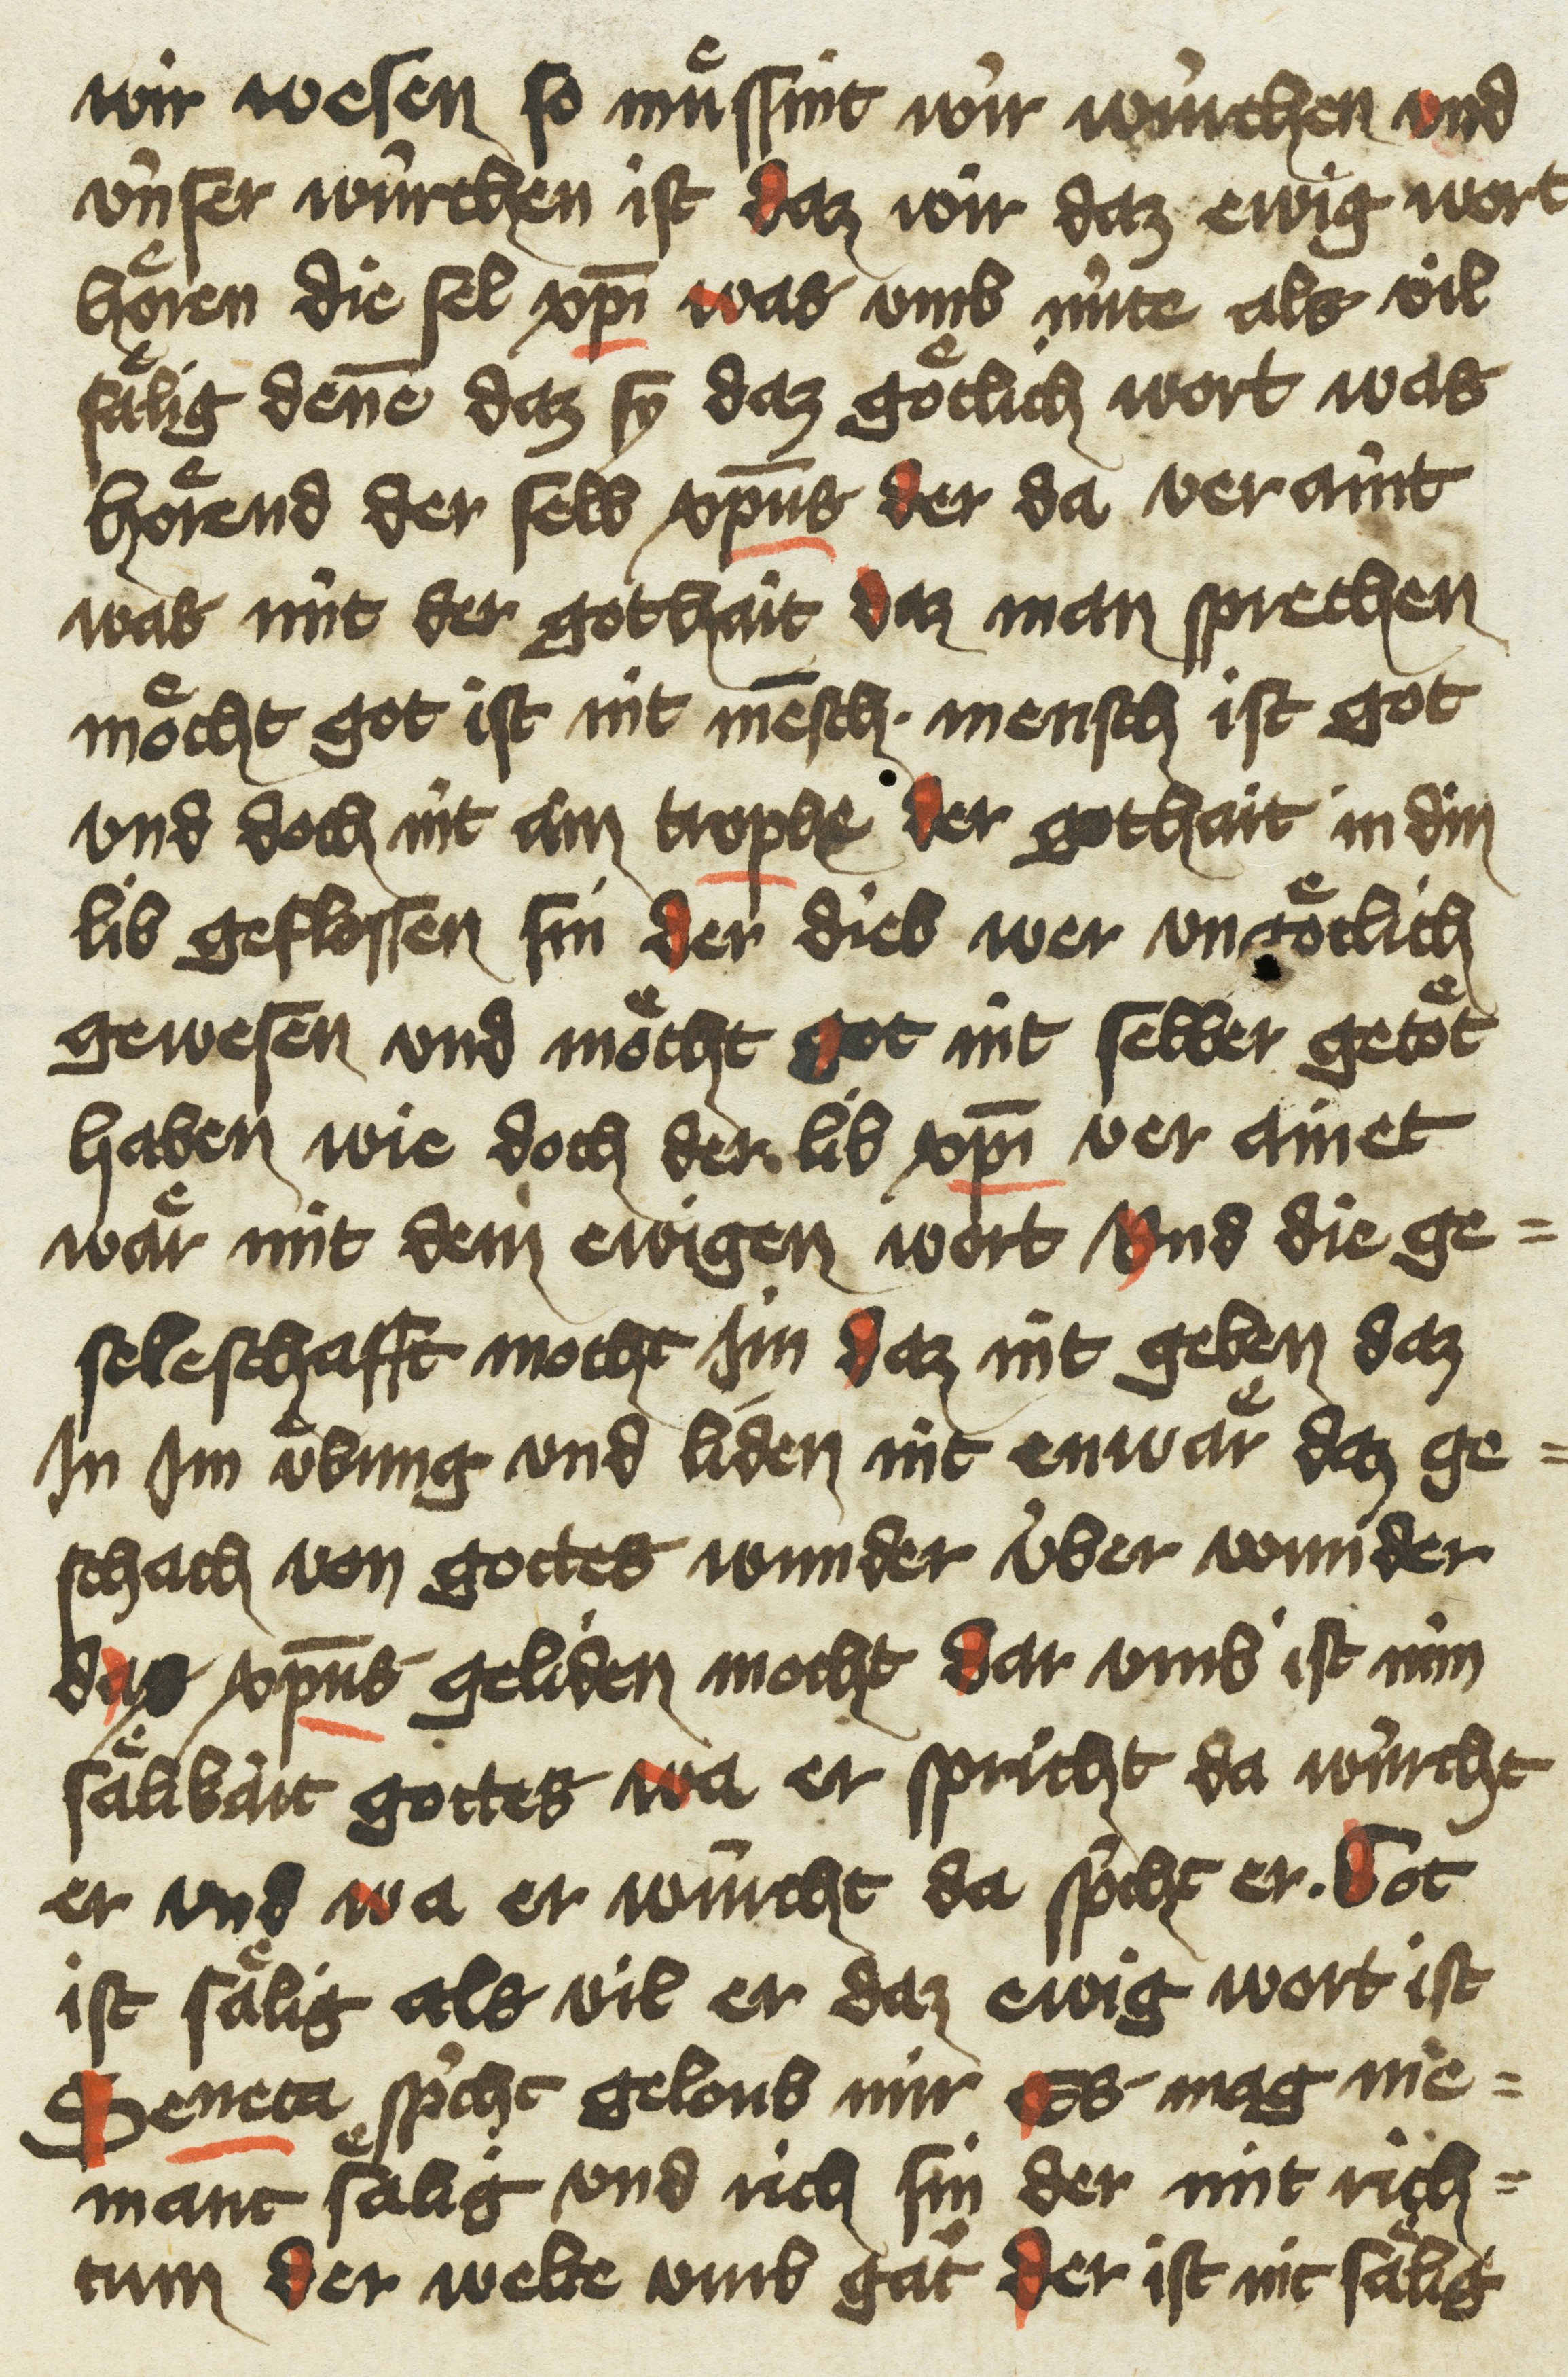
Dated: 1433–1499